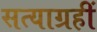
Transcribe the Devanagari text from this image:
सत्याग्रहीं